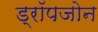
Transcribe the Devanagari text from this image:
ड्रॉपजोन